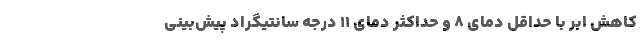
کاهش ابر با حداقل دمای ۸ و حداکثر دمای ۱۱ درجه سانتیگراد پیش‌بینی